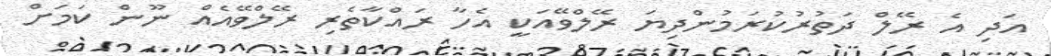
އަދި އެ ރޭލް ދަތުރުކުރަމުންދިޔަ ރޭލްވޭއަކީ އެހާ ރައްކާތެރި ރޭލްވޭއެއް ނޫން ކަމަށް